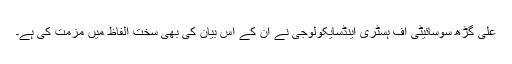
علی گڑھ سوسائیٹی آف ہسٹری اینڈسایکولوجی نے ان کے اس بیان کی بھی سخت الفاظ میں مزمت کی ہے۔